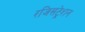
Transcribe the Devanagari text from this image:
रजिसट्रेशन